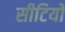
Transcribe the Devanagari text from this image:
सीटियों